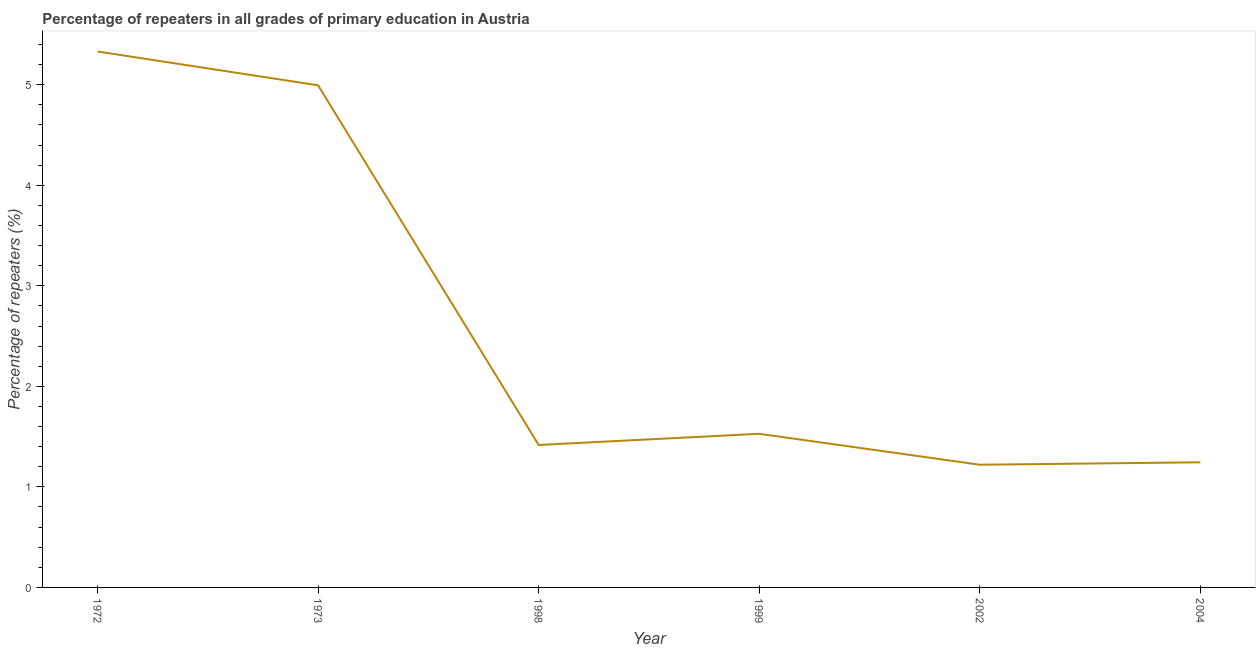
| Year | Repeaters in primary education |
 | --- | --- |
 | 1972 | 5.33 |
 | 1973 | 4.99 |
 | 1998 | 1.42 |
 | 1999 | 1.53 |
 | 2002 | 1.22 |
 | 2004 | 1.24 |